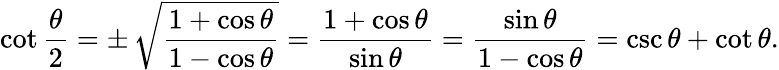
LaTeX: \cot{\frac{\theta}{2}}=\pm\, {\sqrt{\frac{1+\cos\theta}{1-\cos\theta}}}={\frac{1+\cos\theta}{\sin\theta}}={\frac{\sin\theta}{1-\cos\theta}}=\csc\theta+\cot\theta.